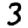
Digit: 3